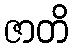
ဇာတိ